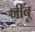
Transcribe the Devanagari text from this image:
नीँबू